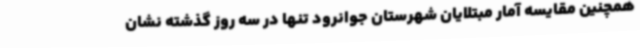
همچنین مقایسه آمار مبتلایان شهرستان جوانرود تنها در سه روز گذشته نشان